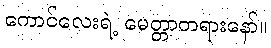
ကောင်လေးရဲ့ မေတ္တာတရားနော်။